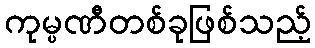
ကုမ္ပဏီတစ်ခုဖြစ်သည့်